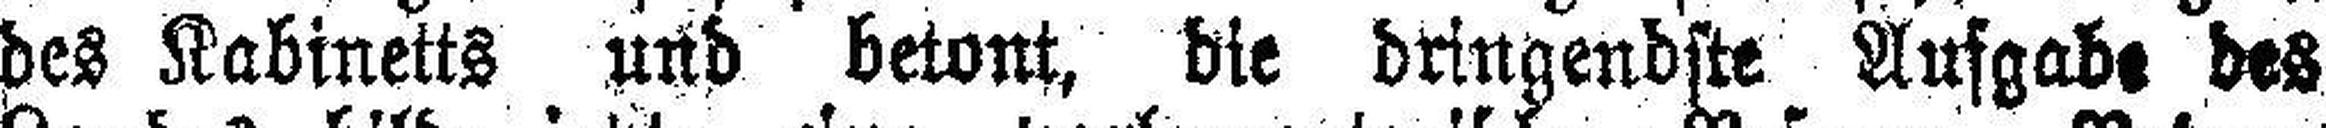
des Kabinetts und betont, die dringendste Aufgabe des